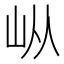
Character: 𰎌